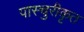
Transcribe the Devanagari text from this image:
पास्चुरीकृत